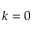
k = 0